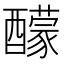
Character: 䤓